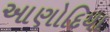
આણોદિયા